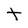
Character: t